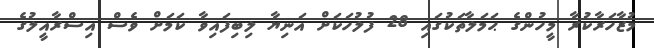
މުޒާހަރާކުރާ މީހުންގެ ޙަމަލާތަކުގައި 28 ފުލުހަކަށް އަނިޔާ ލިބިފައިވާ ކަމަށް ވެސް އިސްރާއީލުގެ